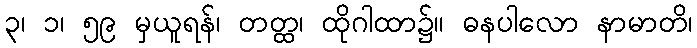
၃၊ ၁၊ ၅၉ မှယူရန်၊ တတ္ထ၊ ထိုဂါထာ၌။ ဓနပါလော နာမာတိ၊